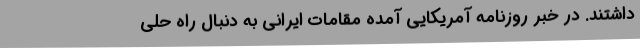
داشتند. در خبر روزنامه آمریکایی آمده مقامات ایرانی به دنبال راه حلی